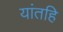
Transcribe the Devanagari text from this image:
यांतहि